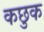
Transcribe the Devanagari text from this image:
कछुक